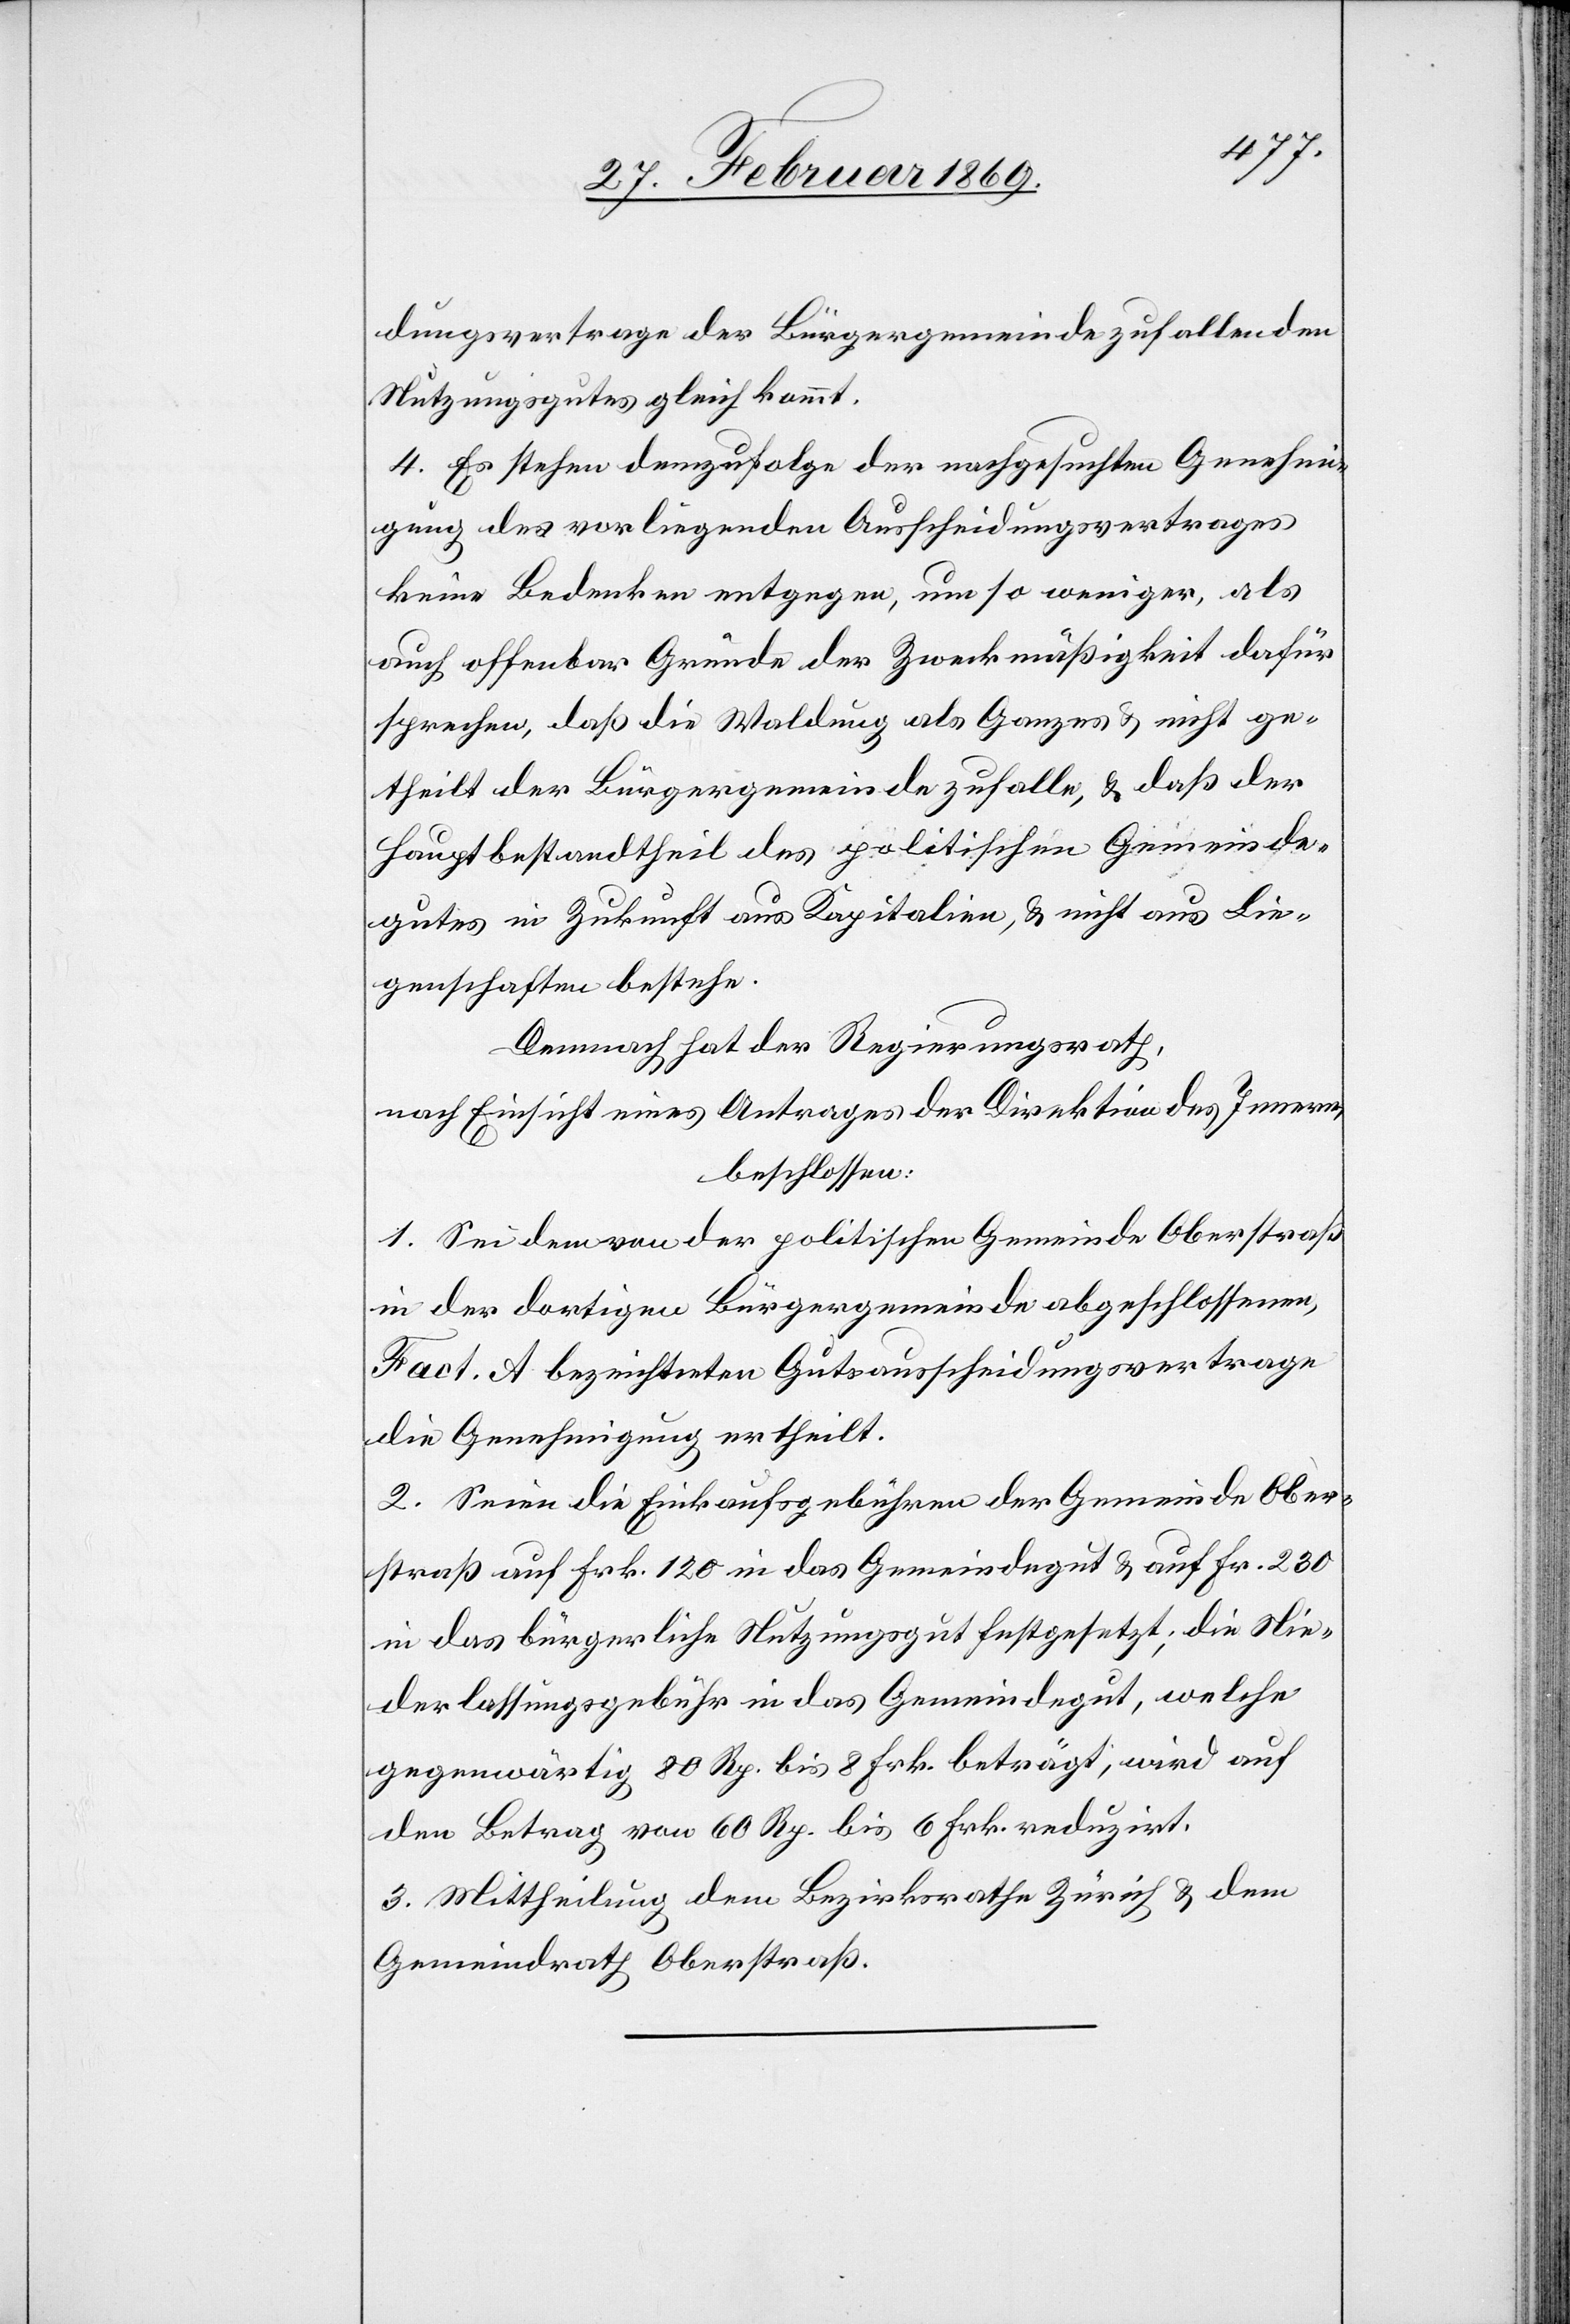
dungsvertrage der Bürgergemeinde zufallenden
Nutzungsgutes gleich kommt.
4. Es stehen demzufolge der nachgesuchten Genehmi¬
gung des vorliegenden Ausscheidungsvertrages
keine Bedenken entgegen, um so weniger, als
auch offenbar Gründe der Zweckmäßigkeit dafür
sprechen, daß die Waldung als Ganzes & nicht ge¬
theilt der Bürgergemeinde zufalle, & daß der
Hauptbestandtheil des politischen Gemeinds¬
gutes in Zukunft aus Kapitalien, & nicht aus Lie¬
genschaften bestehe.
Demnach hat der Regierungsrath,
nach Einsicht eines Antrages der Direktion des Innern,
beschlossen:
1. Sei dem von der politischen Gemeinde Oberstraß
in der dortigen Bürgergemeinde abgeschlossenen,
Fact. A. bezeichneten Gutsausscheidungsvertrage
die Genehmigung ertheilt.
2. Seien die Einkaufsgebühren der Gemeinde Ober¬
straß auf Frk. 120 in das Gemeindsgut & auf Fr. 230
in das bürgerliche Nutzungsgut festgesetzt; die Nie¬
derlassungsgebühr in das Gemeindsgut, welche
gegenwärtig 80 Rp. bis 8 Frk. beträgt, wird auf
den Betrag von 60 Rp. bis 6 Frk. reduzirt.
3. Mittheilung dem Bezirksrathe Zürich & dem
Gemeindrath Oberstraß.